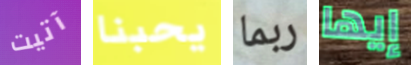
آتيت يحبنا ربما إيها